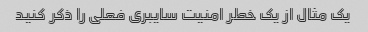
یک مثال از یک خطر امنیت سایبری فعلی را ذکر کنید